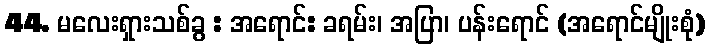
44. မလေးရှားသစ်ခွ : အရောင်: ခရမ်း၊ အပြာ၊ ပန်းရောင် (အရောင်မျိုးစုံ)